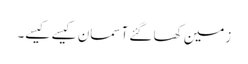
زمین کھا گئے آسمان کیسے کیسے۔